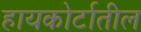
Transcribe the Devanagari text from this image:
हायकोर्टातील